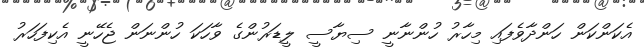
އެކަންކަން ހަންދާވެފައި މިހާރު ހުންނާނީ ސިޔާސީ ލީޑަރުންގެ ވާހަކަ ހުންނަން ޖެހޭނީ އެކިފަހަރު